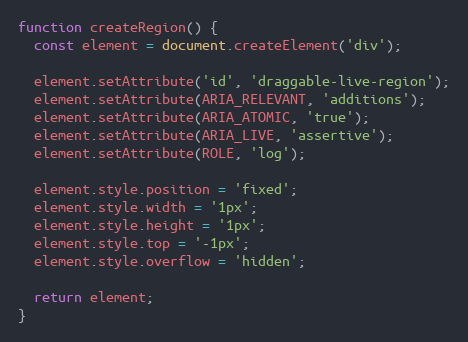
Language: JavaScript
function createRegion() {
  const element = document.createElement('div');

  element.setAttribute('id', 'draggable-live-region');
  element.setAttribute(ARIA_RELEVANT, 'additions');
  element.setAttribute(ARIA_ATOMIC, 'true');
  element.setAttribute(ARIA_LIVE, 'assertive');
  element.setAttribute(ROLE, 'log');

  element.style.position = 'fixed';
  element.style.width = '1px';
  element.style.height = '1px';
  element.style.top = '-1px';
  element.style.overflow = 'hidden';

  return element;
}